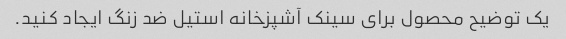
یک توضیح محصول برای سینک آشپزخانه استیل ضد زنگ ایجاد کنید.